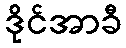
ဒိုင်အာခီ